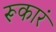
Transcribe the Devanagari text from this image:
रूकारं